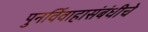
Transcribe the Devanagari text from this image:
पुनर्विवाहासंबंधीचे